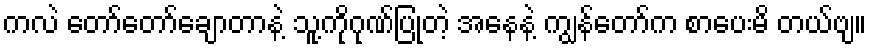
ကလဲ တော်တော်ချောတာနဲ့ သူ့ကိုဂုဏ်ပြုတဲ့ အနေနဲ့ ကျွန်တော်က စာပေးမိ တယ်ဗျ။